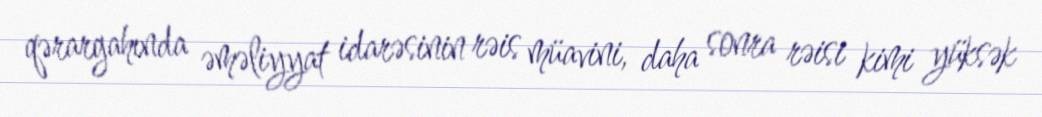
qərargahında əməliyyat idarəsinin rəis müavini, daha sonra rəisi kimi yüksək